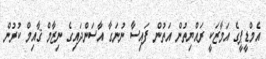
އެމްޑީޕީގެ އަމާޒަކީ ރައްޔިތުން އަތުން ފައިސާ ނުނަގާ އާސަންދައިގެ ނިޒާމް ޤާއިމް ކުރުން